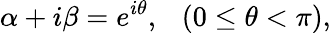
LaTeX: \alpha+i\beta=e^{i\theta},~~~(0\leq\theta<\pi),